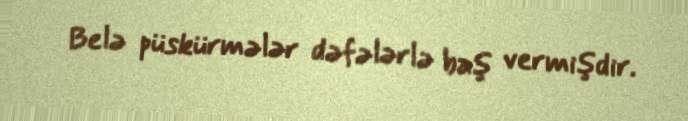
Belə püskürmələr dəfələrlə baş vermişdir.